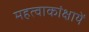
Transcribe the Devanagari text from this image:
महत्वाकांक्षायें